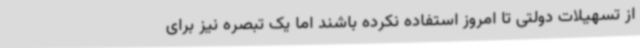
از تسهیلات دولتی تا امروز استفاده نکرده باشند اما یک تبصره نیز برای